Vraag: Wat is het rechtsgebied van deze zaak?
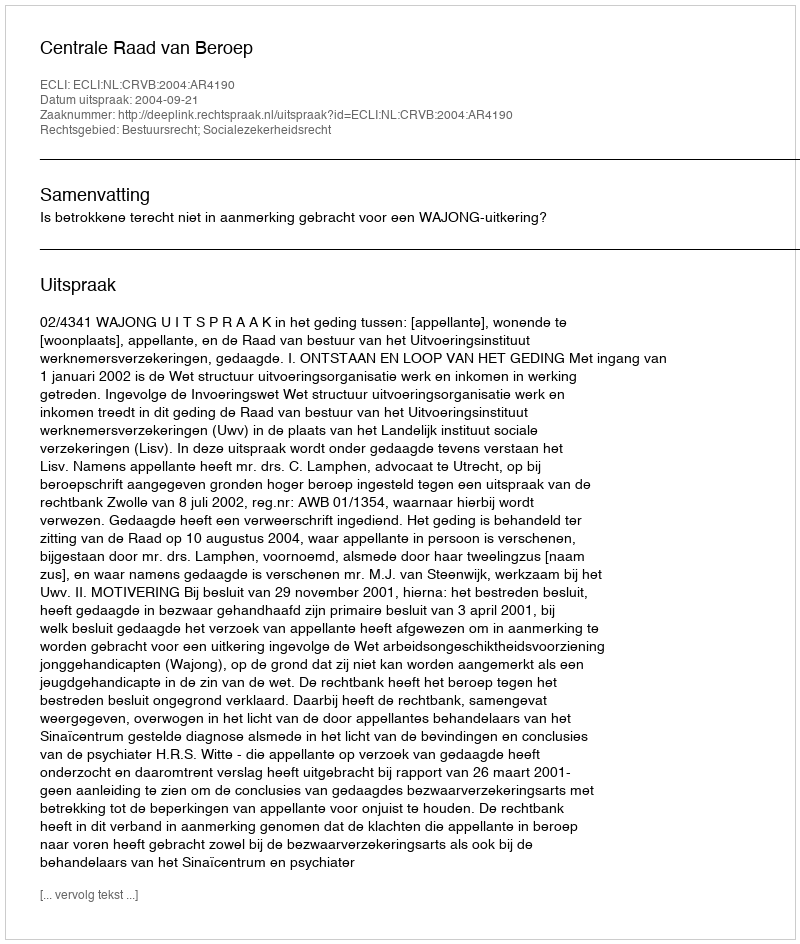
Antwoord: Bestuursrecht; Socialezekerheidsrecht